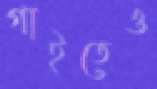
গাইতেও